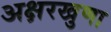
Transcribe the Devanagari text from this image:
अक्षरखुणा